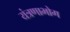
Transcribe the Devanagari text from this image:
यंत्रणाभोग